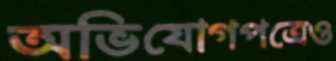
অভিযোগপত্রেও